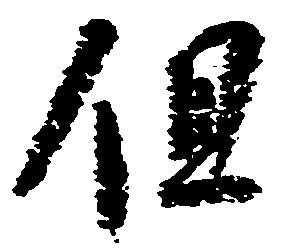
但